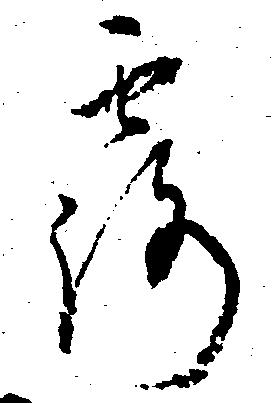
露